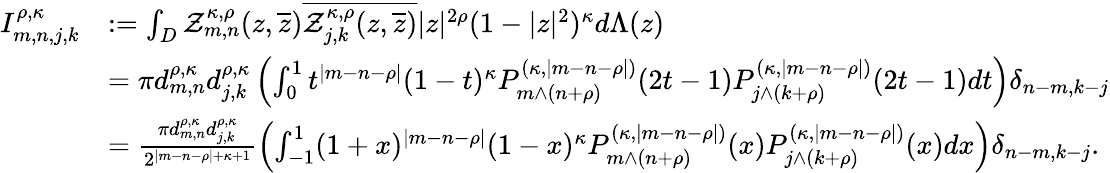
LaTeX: \begin{array}{rl}{I_{m,n,j,k}^{\rho,\kappa}}&{:=\int_{D}\mathcal{Z}_{m,n}^{\kappa,\rho}(z,\overline{{z}})\overline{{\mathcal{Z}_{j,k}^{\kappa,\rho}(z,\overline{{z}})}}|z|^{2\rho}(1-\vert z\vert^{2})^{\kappa}d\Lambda(z)}\\ &{=\pi d_{m,n}^{\rho,\kappa}d_{j,k}^{\rho,\kappa}\left(\int_{0}^{1}t^{|m-n-\rho|}(1-t)^{\kappa}P_{m\wedge(n+\rho)}^{(\kappa,|m-n-\rho|)}(2t-1)P_{j\wedge(k+\rho)}^{(\kappa,|m-n-\rho|)}(2t-1)dt\right)\delta_{n-m,k-j}}\\ &{=\frac{\pi d_{m,n}^{\rho,\kappa}d_{j,k}^{\rho,\kappa}}{2^{|m-n-\rho|+\kappa+1}}\left(\int_{-1}^{1}(1+x)^{|m-n-\rho|}(1-x)^{\kappa}P_{m\wedge(n+\rho)}^{(\kappa,|m-n-\rho|)}(x)P_{j\wedge(k+\rho)}^{(\kappa,|m-n-\rho|)}(x)dx\right)\delta_{n-m,k-j}.}\end{array}